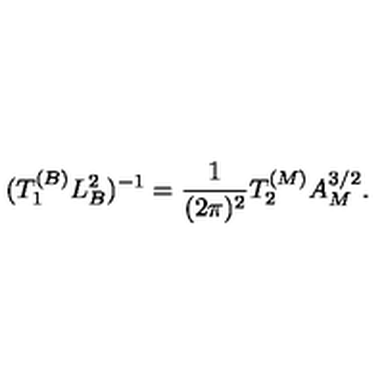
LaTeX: ( T _ { 1 } ^ { ( B ) } L _ { B } ^ { 2 } ) ^ { - 1 } = { \frac { 1 } { ( 2 \pi ) ^ { 2 } } } T _ { 2 } ^ { ( M ) } A _ { M } ^ { 3 / 2 } .